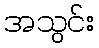
အသွင်း